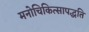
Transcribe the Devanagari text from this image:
मनोचिकित्सापद्धति